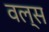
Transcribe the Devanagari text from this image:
वल्स